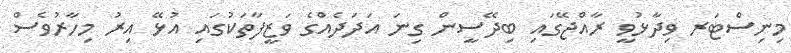
މިނިސްޓަރ ވިދާޅުވީ ރާއްޖޭގައި ބިދޭސީން ގިނަ އަދަދެއްގެ ވަޒީފާތަކުގައި އުޅޭ އިރު މިހާރުވެސް